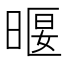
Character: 𣈿